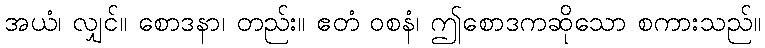
အယံ၊ လျှင်။ စောဒနာ၊ တည်း။ ဧတံ ဝစနံ၊ ဤစောဒကဆိုသော စကားသည်။